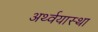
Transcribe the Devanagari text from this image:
अर्थ्वयास्था